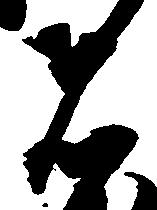
者